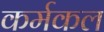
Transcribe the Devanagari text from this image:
कर्मकल